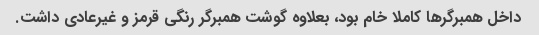
داخل همبرگرها کاملا خام بود، بعلاوه گوشت همبرگر رنگی قرمز و غیرعادی داشت.